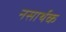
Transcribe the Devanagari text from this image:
नसार्थक